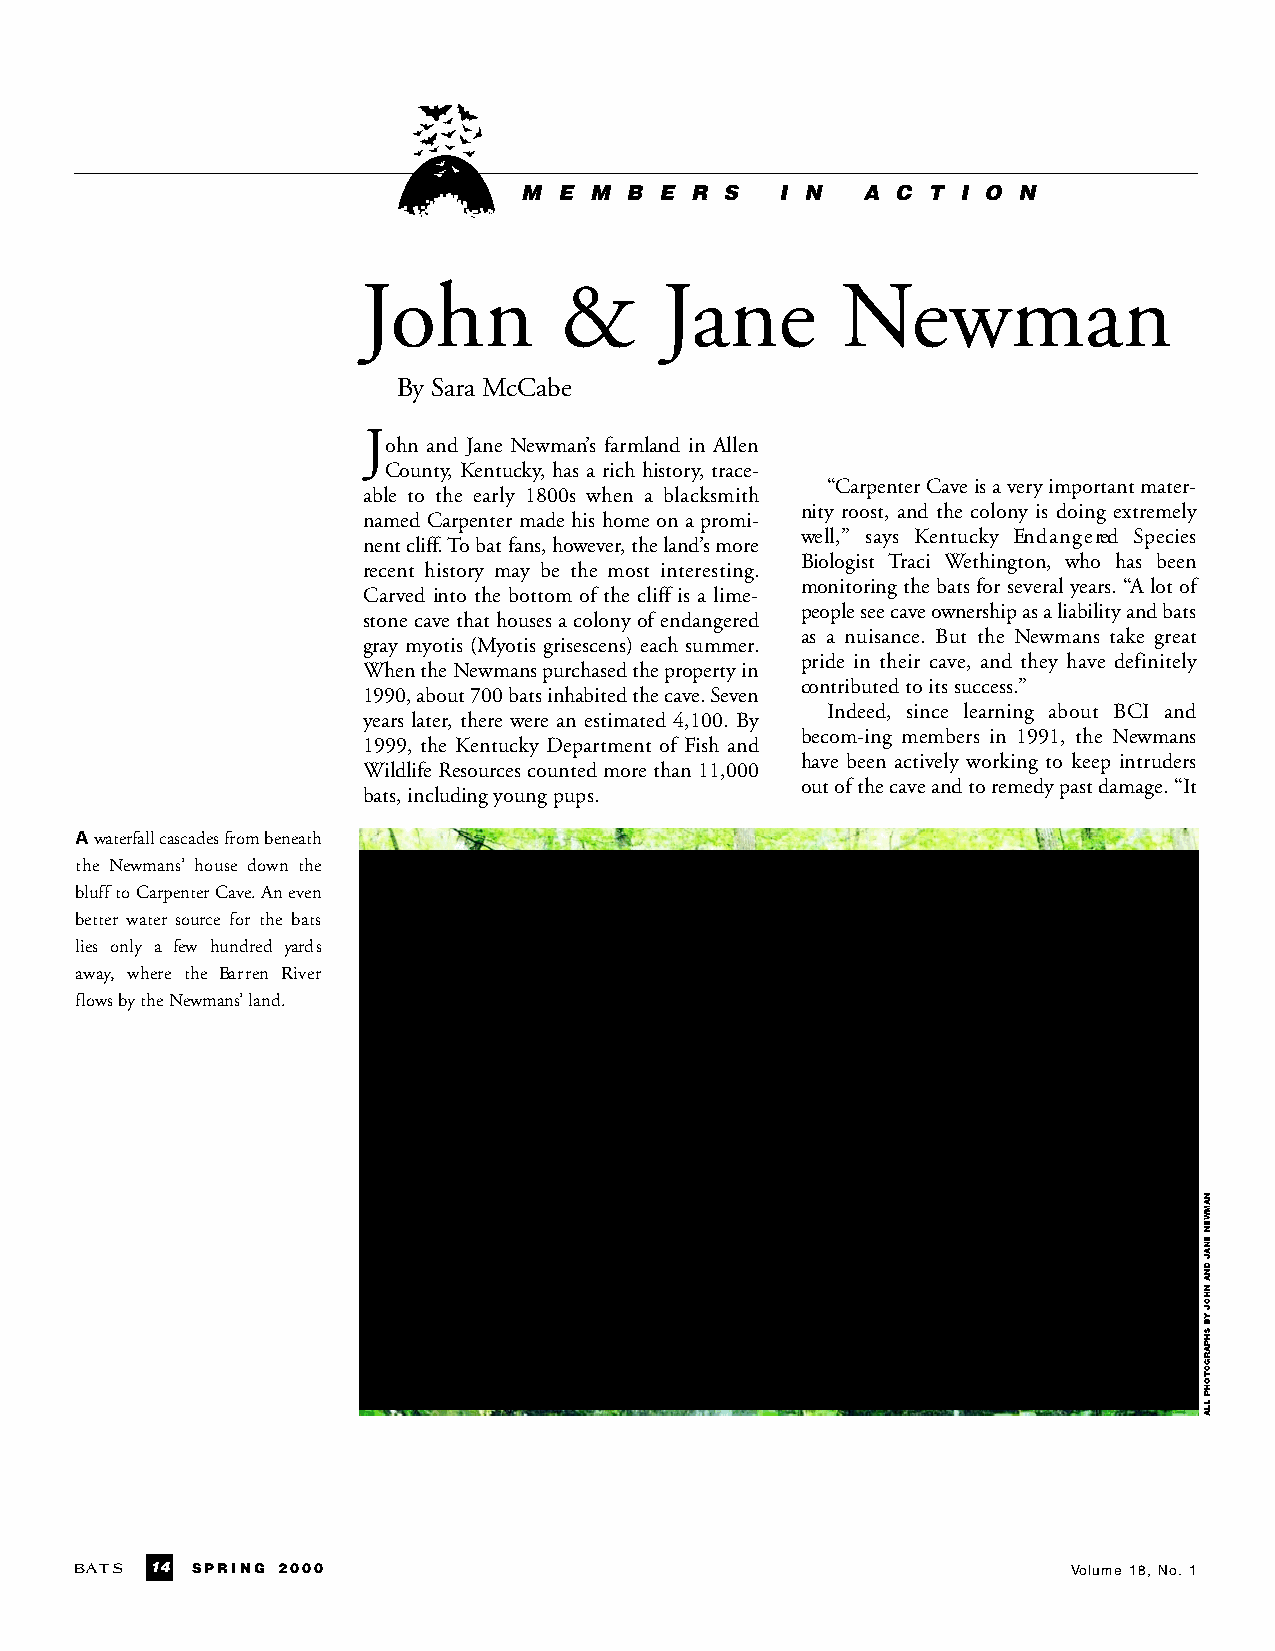
M E M B  E R S   I N  A C T  I O N
 John         &      Jane        Newman
 By Sara McCabe
 J
 ohn and Jane Newman’s farmland in Allen
 County, Kentucky, has a rich history, trace-
 “CarpenterCaveisaveryimportantmater-
 able to the early 1800s when a blacksmith
 nity roost, and the colony is doing extremely
 named Carpenter made his home on a promi-
 well,” says Kentucky En d a n g e red Sp e c i e s
 nent cliff.To bat fans, however, the land’s more
 Biologist Traci Wethington, who has been
 recent history may be the most interesting.
 monitoring the bats for several years. “A lot of
 Carved into the bottom of the cliff is a lime-
 people see cave ownership as a liability and bats
 stone cave that houses a colony of endangered
 as a nuisance. But the Newmans take great
 gray myotis (Myotis grisescens) each summer.
 pride in their cave, and they have definitely
 When the Newmans purchased the property in
 contributedtoitssuccess.”
 1990, about 700 bats inhabited the cave. Seven
 Indeed, since learning about BCI and
 years later, there were an estimated 4,100. By
 becom-ing members in 1991, the Newmans
 1999, the Kentucky Department of Fish and
 have been actively working to keep intruders
 WildlifeResources counted more than 11,000
 outofthecaveandtoremedypastdamage.“It
 bats,includingyoungpups.
 Awaterfallcascadesfrombeneath
 the Newmans’ house down the
 blufftoCarpenterCave.Aneven
 better water source for the bats
 lies only a few hundred yard s
 a w a y, where the Ba r ren Rive r
 flowsbytheNewmans’land.
 B AT S 14 SPRING 2000                                             Volume 18, No. 1